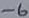
Text: -6